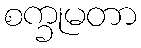
စက္ခုမတာ